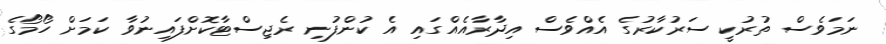
ނަމަވެސް ތުރުކީ ސަރުކާރުގެ އެއްވެސް އިދާރާއެއްގައި އެ ކުންފުނި ރެޖިސްޓާކޮށްފައިނުވާ ކަމަށް ހޯމޯގެ